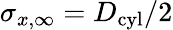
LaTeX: \sigma_{x,\infty}=D_{\textrm{cyl}}/2